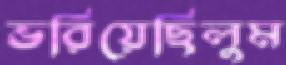
ভরিয়েছিলুম